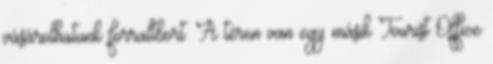
vásárolhatunk forraltbort. A téren van egy másik Tourist Office